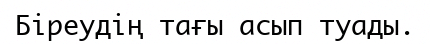
Біреудің тағы асып туады.